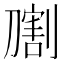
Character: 𰅁